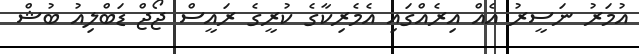
އުމަރު ނަސީރު އެއް އިރެއްގައި އެމެރިކާގެ ކުރީގެ ރައީސް ޖޯޖް ޑަބްލިއު ބުޝް